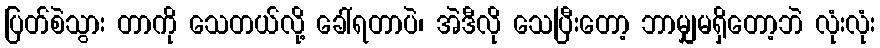
ပြတ်စဲသွား တာကို သေတယ်လို့ ခေါ်ရတာပဲ၊ အဲဒီလို သေပြီးတော့ ဘာမျှမရှိတော့ဘဲ လုံးလုံး